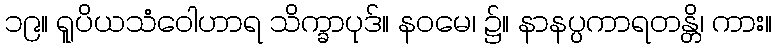
၁၉။ ရူပိယသံဝေါဟာရ သိက္ခာပုဒ်။ နဝမေ၊ ၌။ နာနပ္ပကာရတန္တိ၊ ကား။